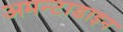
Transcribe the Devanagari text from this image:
अमन्टाडाइन